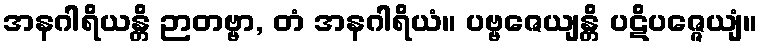
အနဂါရိယန္တိ ဉာတဗ္ဗာ, တံ အနဂါရိယံ။ ပဗ္ဗဇေယျန္တိ ပဋိပဇ္ဇေယျံ။